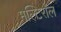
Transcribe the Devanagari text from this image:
मल्टिरोल